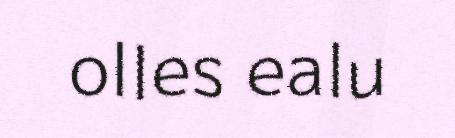
olles ealu